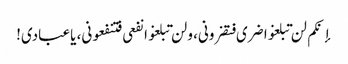
إنکم لن تبلغوا ضری فتضرونی، ولن تبلغوا نفعی فتنفعونی، یاعبادی!